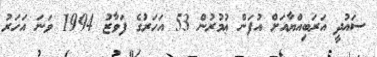
ސައުދީ އަރަބިއްޔާއަށް އުފަން ޢުމުރުން 53 އަހަރުގެ ފަވާޒު 1994 ވަނަ އަހަރު